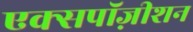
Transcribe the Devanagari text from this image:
एक्सपॉज़ीशन